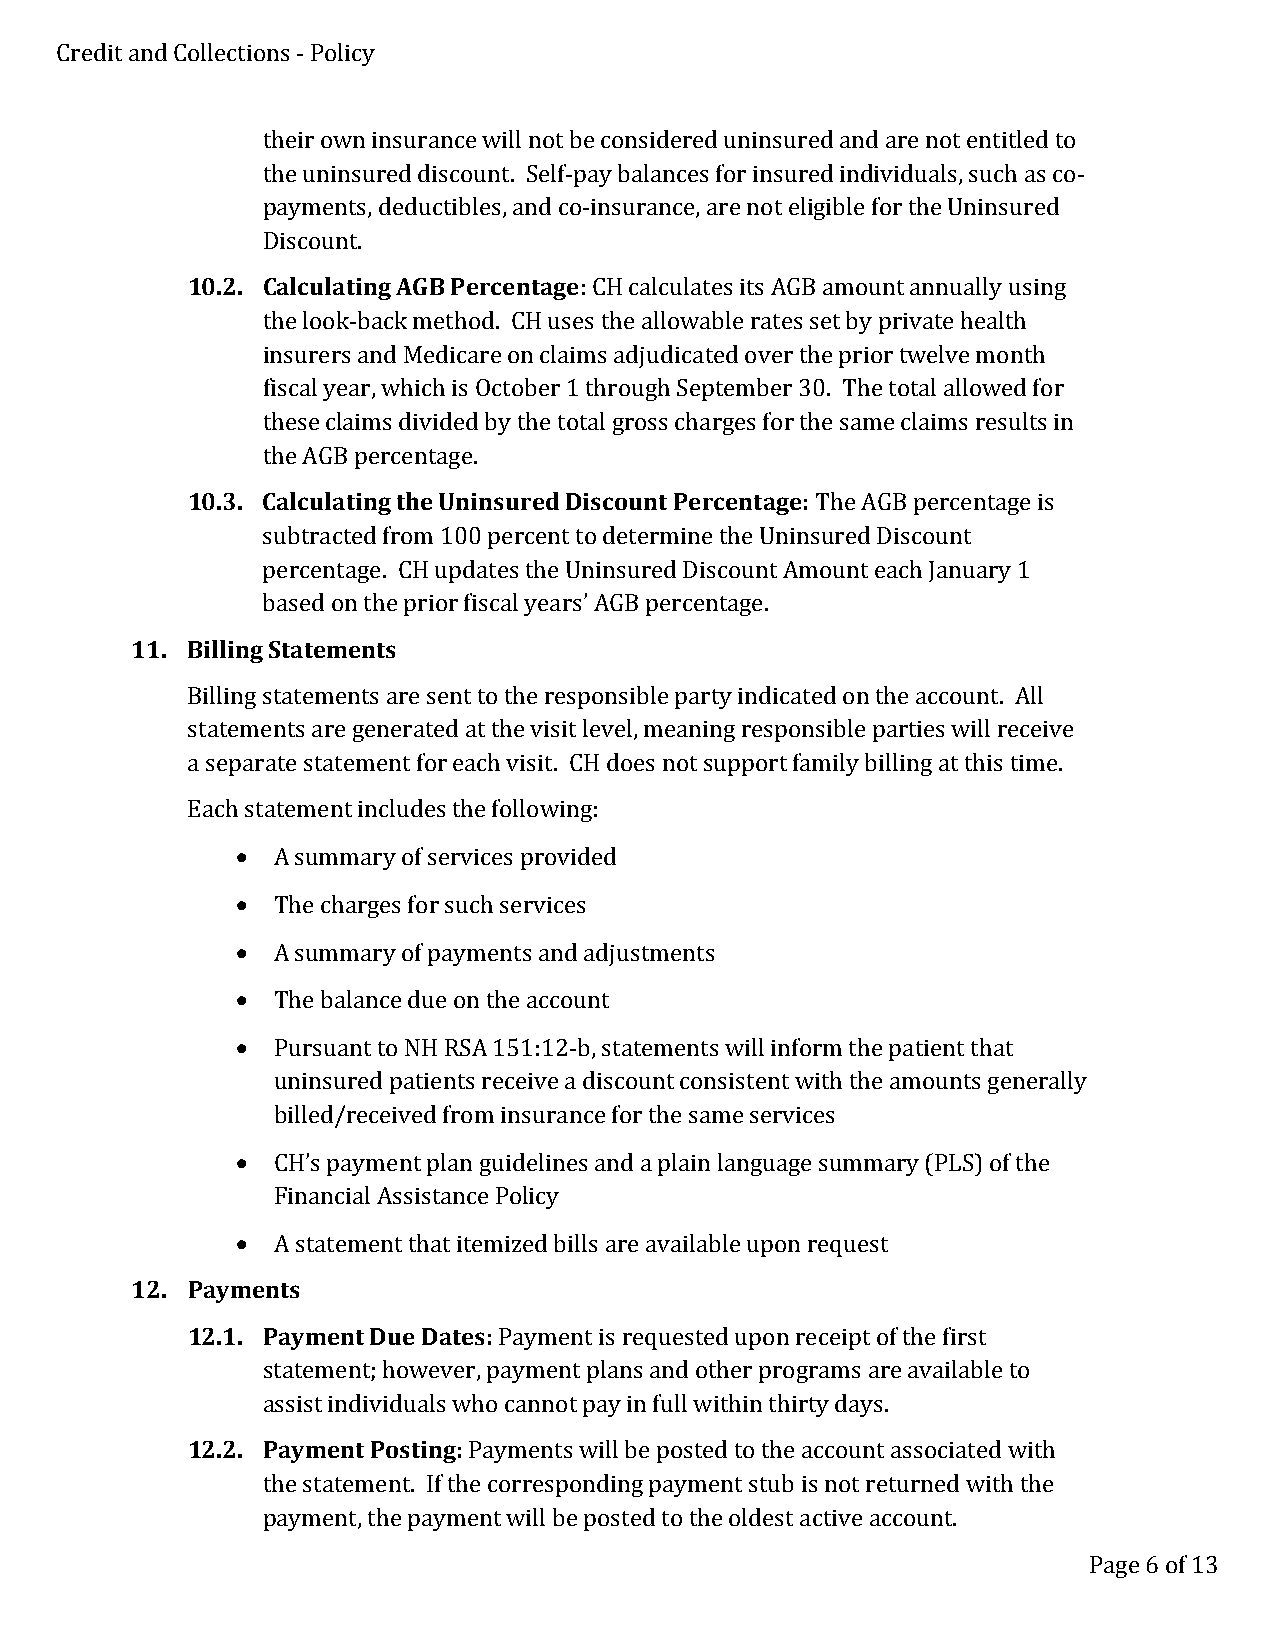
Credit and Collections - Policy
 their own insurance will not be considered uninsured and are not entitled to
 the uninsured discount. Self-pay balances for insured individuals, such as co-
 payments, deductibles, and co-insurance, are not eligible for the Uninsured
 Discount.
 10.2. Calculating AGB Percentage: CH calculates its AGB amount annually using
 the look-back method. CH uses the allowable rates set by private health
 insurers and Medicare on claims adjudicated over the prior twelve month
 fiscal year, which is October 1 through September 30. The total allowed for
 these claims divided by the total gross charges for the same claims results in
 the AGB percentage.
 10.3. Calculating the Uninsured Discount Percentage: The AGB percentage is
 subtracted from 100 percent to determine the Uninsured Discount
 percentage. CH updates the Uninsured Discount Amount each January 1
 based on the prior fiscal years’ AGB percentage.
 11. Billing Statements
 Billing statements are sent to the responsible party indicated on the account. All
 statements are generated at the visit level, meaning responsible parties will receive
 a separate statement for each visit. CH does not support family billing at this time.
 Each statement includes the following:
 • A summary of services provided
 • The charges for such services
 • A summary of payments and adjustments
 • The balance due on the account
 • Pursuant to NH RSA 151:12-b, statements will inform the patient that
 uninsured patients receive a discount consistent with the amounts generally
 billed/received from insurance for the same services
 • CH’s payment plan guidelines and a plain language summary (PLS) of the
 Financial Assistance Policy
 • A statement that itemized bills are available upon request
 12. Payments
 12.1. Payment Due Dates: Payment is requested upon receipt of the first
 statement; however, payment plans and other programs are available to
 assist individuals who cannot pay in full within thirty days.
 12.2. Payment Posting: Payments will be posted to the account associated with
 the statement. If the corresponding payment stub is not returned with the
 payment, the payment will be posted to the oldest active account.
 Page 6 of 13